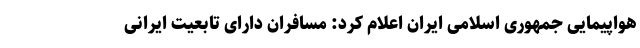
هواپیمایی جمهوری اسلامی ایران اعلام کرد: مسافران دارای تابعیت ایرانی